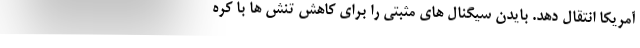
آمریکا انتقال دهد. بایدن سیگنال های مثبتی را برای کاهش تنش ها با کره